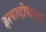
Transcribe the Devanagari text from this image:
इत्यादीपासून